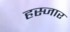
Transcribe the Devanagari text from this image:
हस्जार